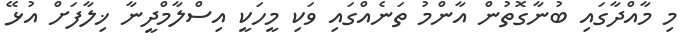
މި މާއްދާގައި ބުނާގޮތުން އާންމު ތަނެއްގައި ވަކި މީހަކީ އިސްލާމްދީނާ ޚިލާފަށް އުޅޭ